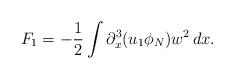
LaTeX: \begin{align*}F_1=-\frac12 \int \partial_x^3(u_1\phi_N) w^2\,dx.\end{align*}